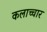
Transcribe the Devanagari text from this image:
कलाच्चार